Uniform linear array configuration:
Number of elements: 64
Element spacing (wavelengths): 1
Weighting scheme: hamming
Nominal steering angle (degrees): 30
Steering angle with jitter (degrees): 31.41
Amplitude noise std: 0.05
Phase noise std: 0.05

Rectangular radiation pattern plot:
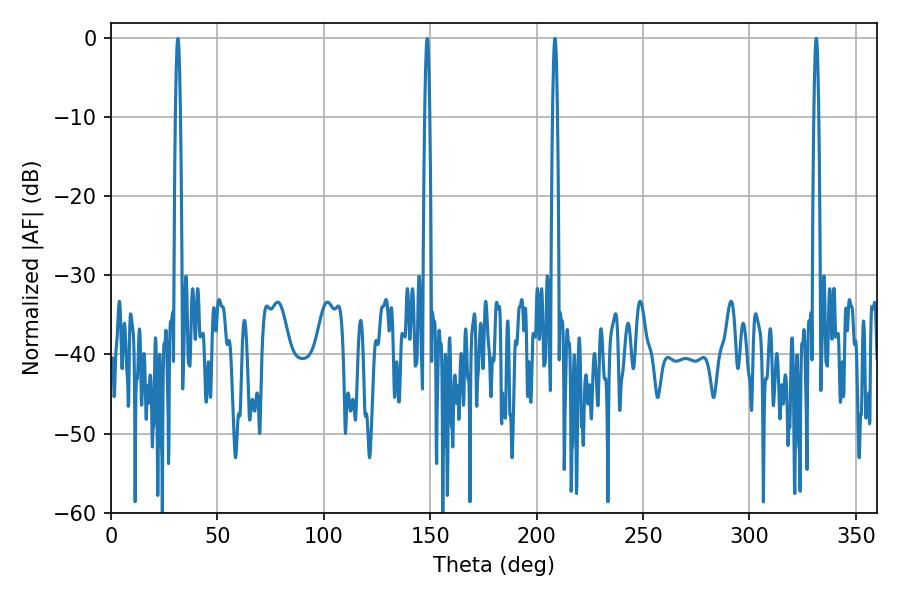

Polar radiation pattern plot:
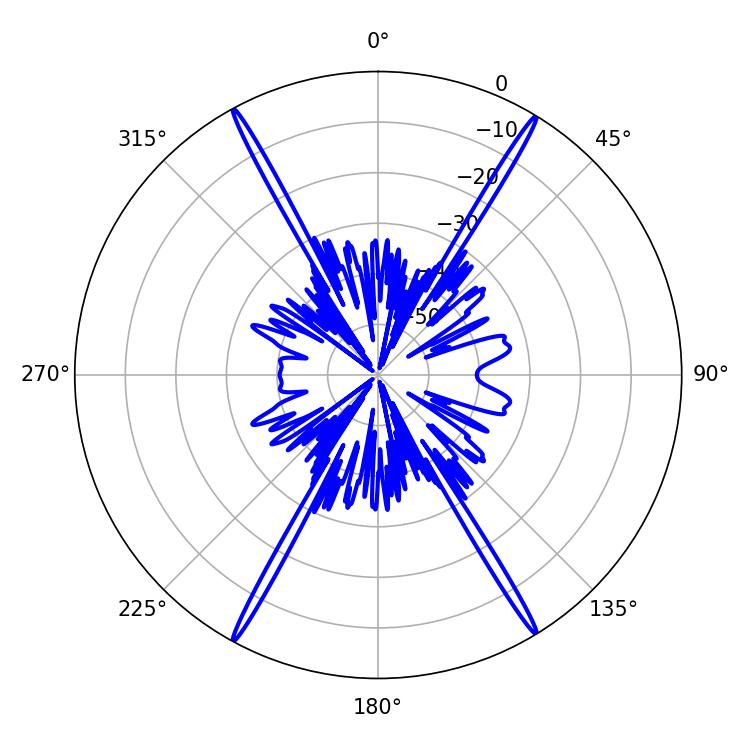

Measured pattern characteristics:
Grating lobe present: TRUE
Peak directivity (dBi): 28.302
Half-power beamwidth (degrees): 1.08
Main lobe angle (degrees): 208.62